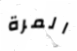
المرة